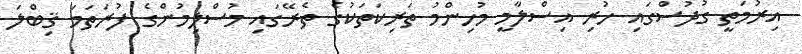
އިރުމަތީ ގުދުސްގައި ހުރި އިސްލާމީ މުހިންމު ތަރިކަތަކުގެ ތެރޭގައި މުސްލިމުންގެ ފުރަތަމަ ޤިބްލަ